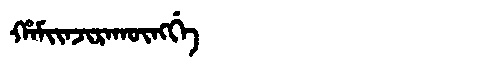
Manchu: ᡥᠠᠮᡳᡳᠨᠵᡳᡵᠠᡴᡡᠩᡤᡝ
Romanization: HAMIINJIRAKŪNGGE